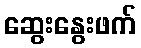
ဆွေးနွေးဖက်